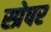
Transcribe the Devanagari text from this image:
स्प्रेषर